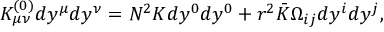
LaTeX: K _ { \mu \nu } ^ { ( 0 ) } d y ^ { \mu } d y ^ { \nu } = N ^ { 2 } { \cal K } d y ^ { 0 } d y ^ { 0 } + r ^ { 2 } \bar { \cal K } \Omega _ { i j } d y ^ { i } d y ^ { j } ,